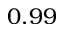
0 . 9 9